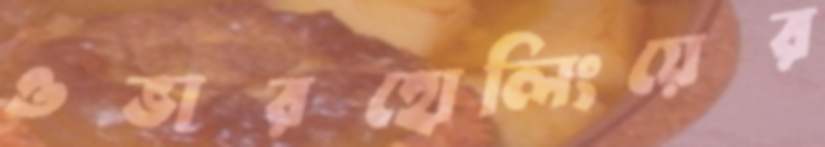
ওভারহোলিংয়ের